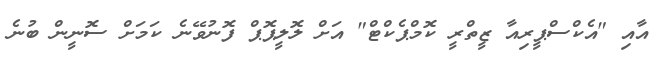
އާއި "އެކްސްޕީރިއާ ޒީތްރީ ކޮމްޕެކްޓް" އަށް ލޮލީޕޮޕް ފޮނުވޭނެ ކަމަށް ސޮނީން ބުނެ